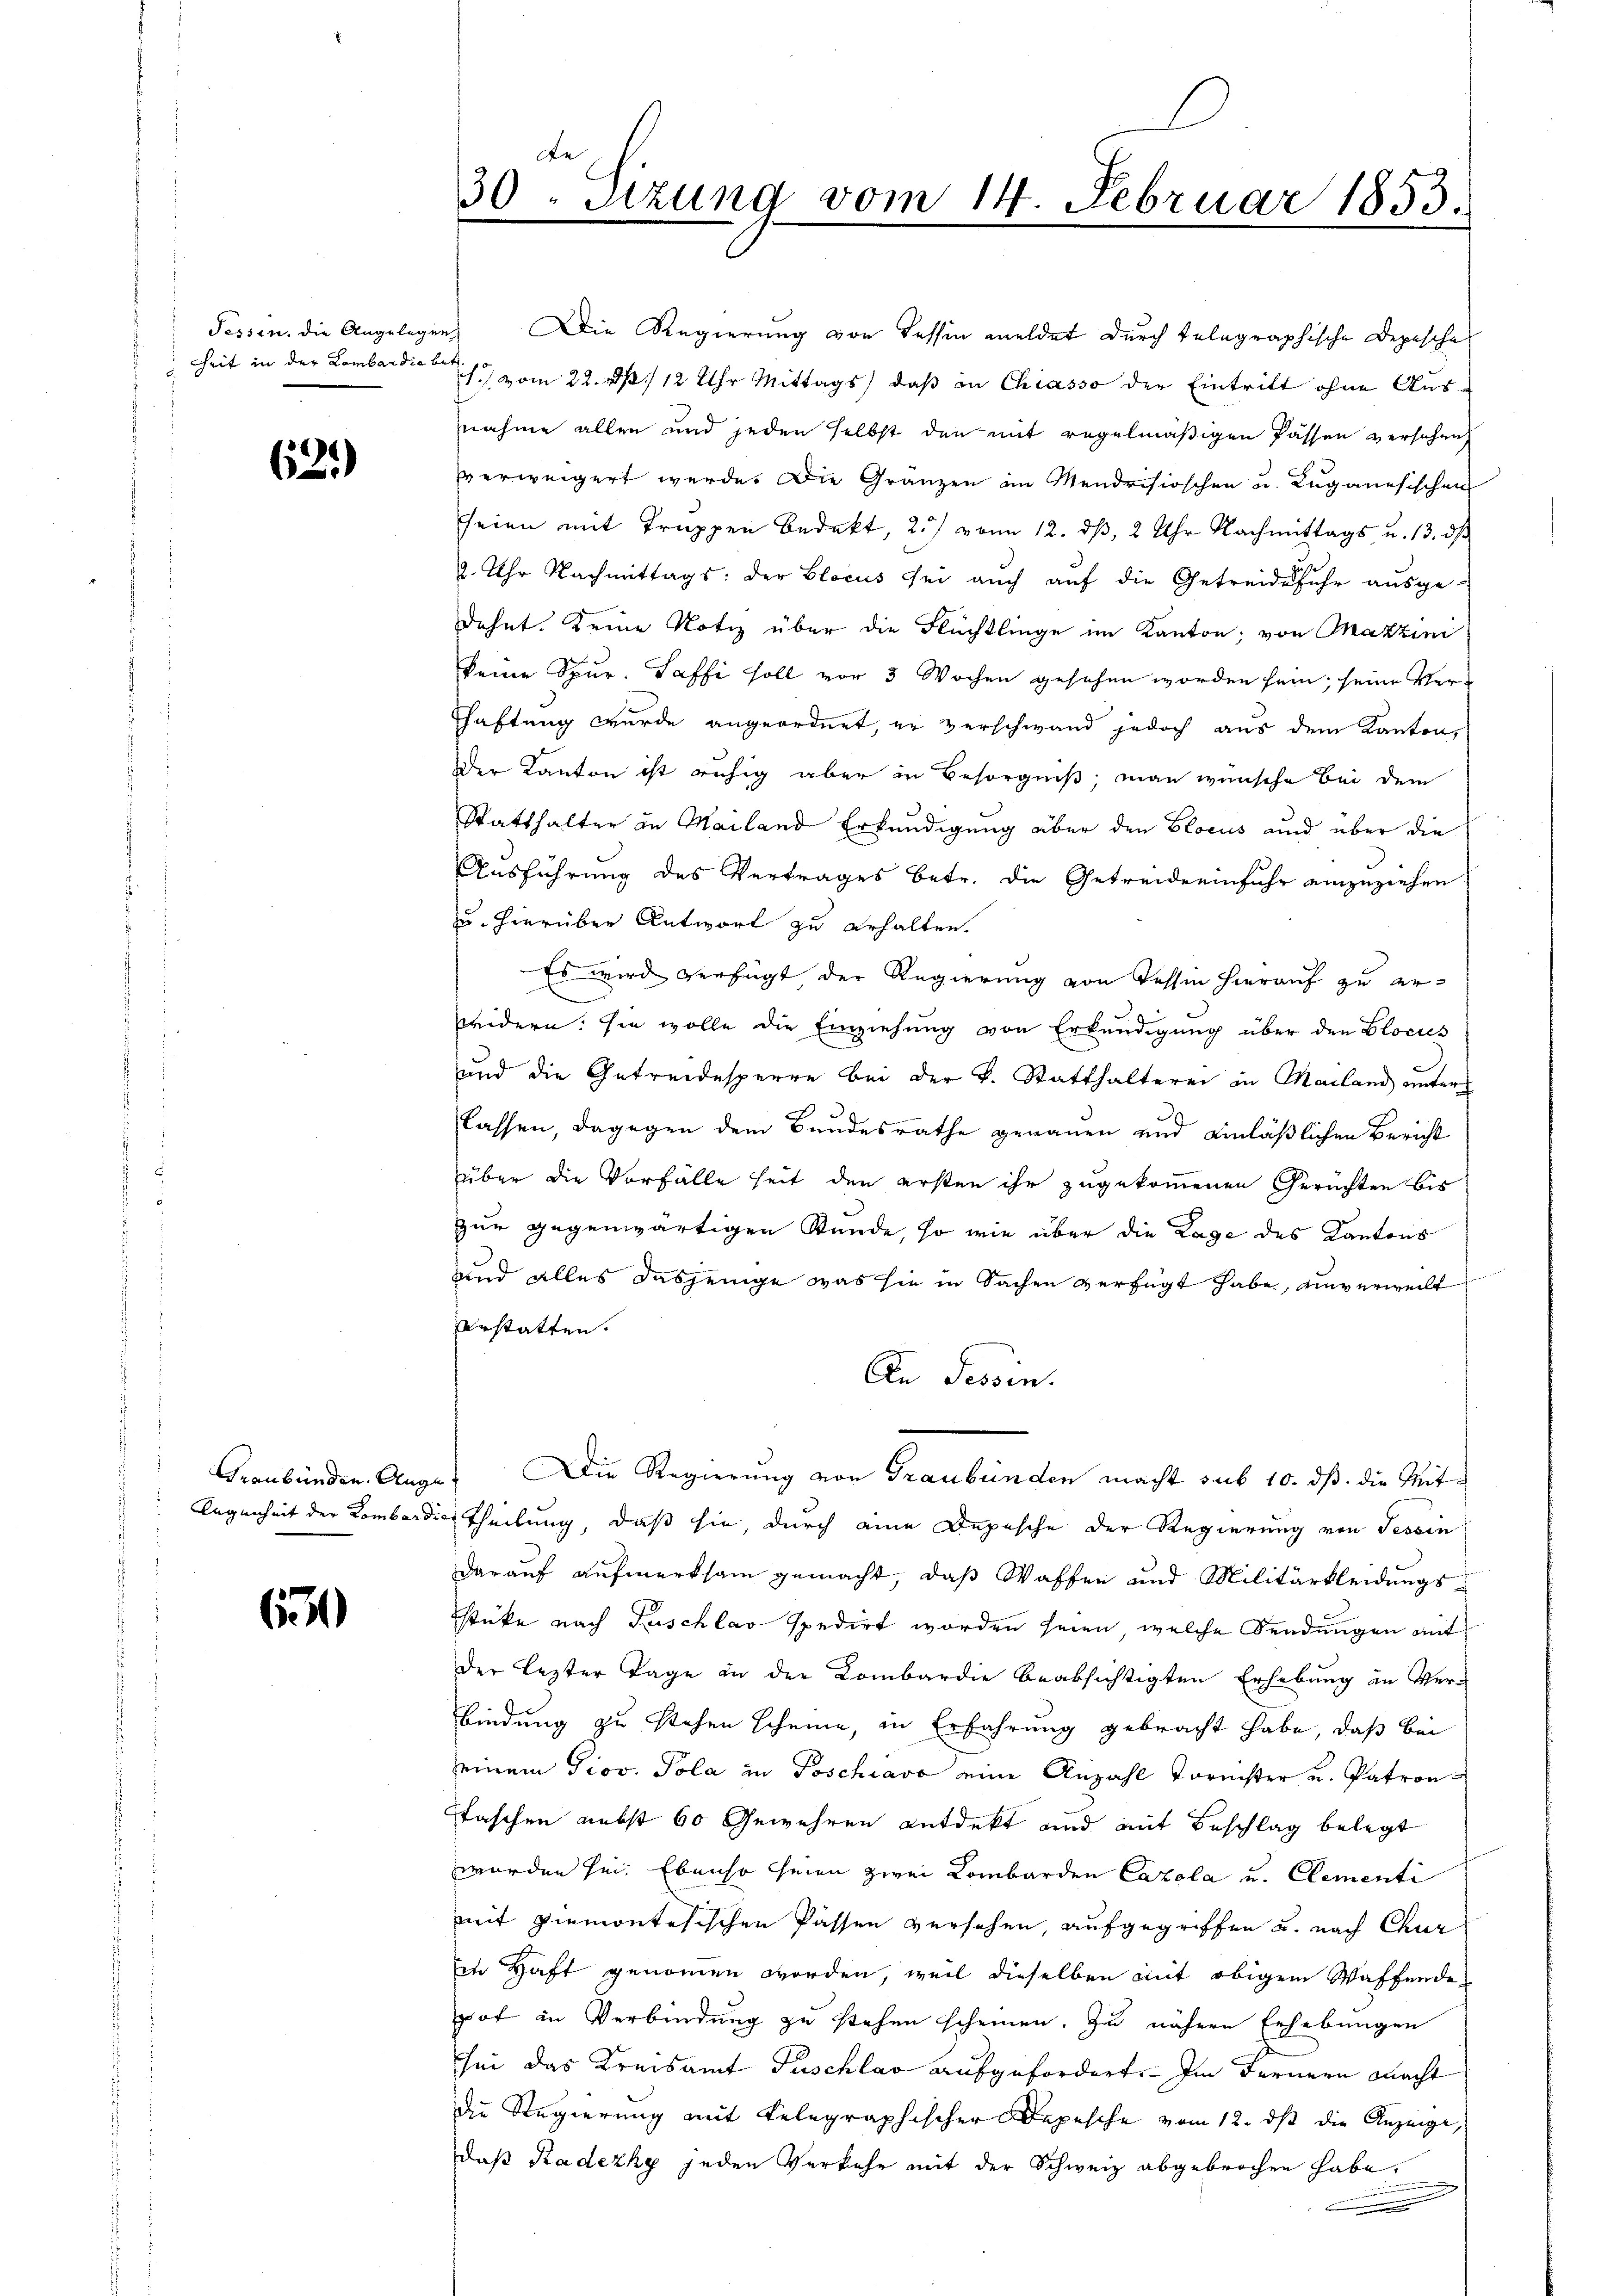
Zeit in der Lombardia betr

63.)

65

A
30. Sizung vom 14. Februar 1853

Tessin, die Angelegen Die Regierung von Tessin meldet durch telegraphische Depesche
./ vom 22. d. 12 Uhr Mittags, daß in Chiasso der Eintritt ohne Ausnahme allen und jeden selbst den mit regelmäßigen Passen versehen
vverweigert werde. Die Gränzen im Mendrisioschen u. Luganesischen
seien mit Truppen bedekt, 2.) von 12. dß, 2 Uhr Nachmittags, u. 13. dβ
2. Uhr Nachmittags der Blocus sei auch auf die Getreide sehr ausgedehnt. Deine Notiz über die Flüchtlinge im Kanton; von Markzini
keine Spur. Saffi soll vor 3 Wochen gesehen worden sein, seine Ver¬
Chaftung wurde angeordnet, er verschwand jedoch aus dem Kanton
Der Kanton ist ruhig aber in Besorgniß, man wünsche bei dem
Statthalter in Mailand Erkundigung über den Blocus und über die
Ausführung des Vertrages betr. die Getreiderinfuhr einzuziehen
zu hierüber Antwort zu erhalten.
Es wird verfügt der Regierung von Tessin hierauf zu erbeidern. Sie wolle die Einziehung von Erkundigung über den Blocus
und die Getreidesperre bei der k. Statthalterei in Mailand unter
3
lassen, dagegen dem Bundesrathe genauen und einläßlichen Bericht
über die Vorfälle seit den ersten ihr zugekommenen Gerüchten bis
zur gegenwärtigen Stunde, so wie über die Lage des Kantons
und alles dasjenige was sie in Sachen verfügt habe, unverweilt
erstatten.
An Tessin.
Graubünden. Auge. Die Regierung von Graubünden macht sub 10. ds. die Mit¬
Gegenheit der Kombardies Theilung, daß sie, durch eine Depesche der Regierung von Tessin
darauf aufmerksam gemacht, daß Waffen und Militärkleidungsstüke nach Zuschlav spedirt worden seien, welche Sendungen antder lezter Tage an der Kombardie beabsichtigten Erhebung in Verbindung zu stehen scheine, in Erfahrung gebracht habe, daß bei
einem Prov. Pola in Poschiavo eine Anzahl Tornister u. Patron
taschen nebst 60 Gewehren entdeckt und mit Beschlag belegt
werden sei. Ebenso seien zwei Lombarden Cazola und Clementi
mit Piemontesischen Passen versehen, aufgegriffen u. nach Chur
Ein Haft genommen worden, weil dieselben mit obigem Waffende
pot in Verbindung zu stehen scheinen. Zu nähere Erhebungen
sei das Kreisamt Puschlag aufgefordert. Im Fernern macht
die Regierung mit Telegraphischer Depesche vom 12. ds die Anzeige,
daß Radezky jeden Verkehr mit der Schweiz abgebrochen habe.
.